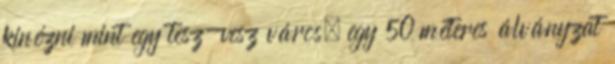
kinézni mint egy tesz-vesz város, egy 50 méteres álványzat